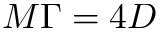
M \Gamma = 4 D